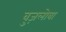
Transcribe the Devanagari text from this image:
वुज़लोबा